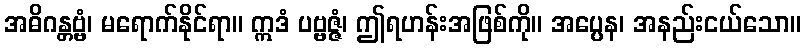
အဓိဂန္တဗ္ဗံ၊ မရောက်နိုင်ရာ။ ဣဒံ ပဗ္ဗဇ္ဇံ၊ ဤရဟန်းအဖြစ်ကို။ အပ္ပေန၊ အနည်းငယ်သော။